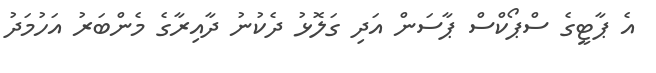
އެ ޕާޓީގެ ސްޕޯކްސް ޕާސަން އަދި ގަލޮޅު ދެކުނު ދާއިރާގެ މެންބަރު އަހުމަދު